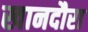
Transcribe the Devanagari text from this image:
खानदौरा